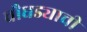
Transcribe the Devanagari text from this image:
चौघड्याची